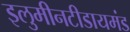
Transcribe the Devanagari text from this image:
इलुमीनटीडायमंड